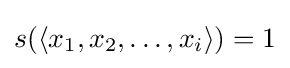
s(\langle x_{1},x_{2},\ldots ,x_{i}\rangle )=1